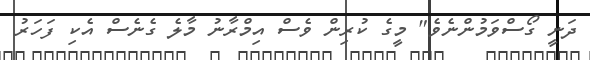
ދަނީ ގޯސްވަމުންނެވެ" މީގެ ކުރިން ވެސް އިމްރާނު މާލެ ގެނެސް އެކި ފަހަރު